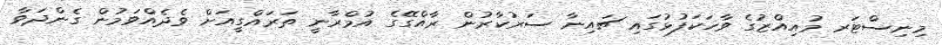
މިނިސްޓަރ މުއިއްޒުގެ ވާހަކަފުޅުގައި ޗައިނާ ސަރުކާރުން ރާއްގޭގެ އުމްރާނީ ތަރައްގީއަށް ވެދެއްވަމުން ގެންދަވާ